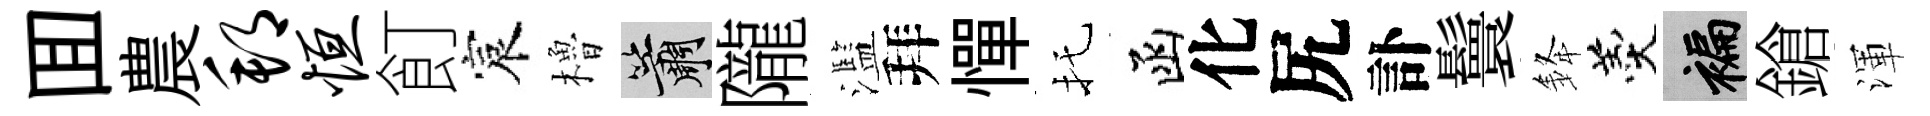
囬農邦恒飣宸櫓簫隴濫拜憚托函化尻訃鬟𨦟羹褊鎗渾